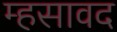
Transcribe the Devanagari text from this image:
म्हसावद